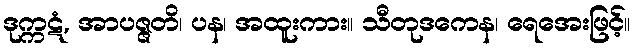
ဒုက္ကဋံ, အာပဇ္ဇတိ၊ ပန၊ အထူးကား။ သီတုဒကေန၊ ရေအေးဖြင့်။